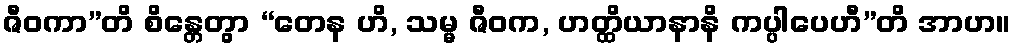
ဇီဝကာ”တိ စိန္တေတွာ “တေန ဟိ, သမ္မ ဇီဝက, ဟတ္ထိယာနာနိ ကပ္ပါပေဟီ”တိ အာဟ။